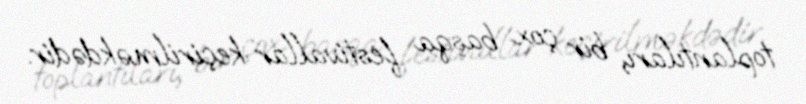
toplantıları, bir çox başqa festivallar keçirilməkdədir.